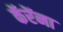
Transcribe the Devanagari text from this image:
कॅरेंना